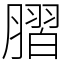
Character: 䐲